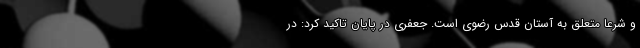
و شرعاً متعلق به آستان قدس رضوی است. جعفری در پایان تاکید کرد: در